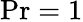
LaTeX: \mathrm{Pr}=1